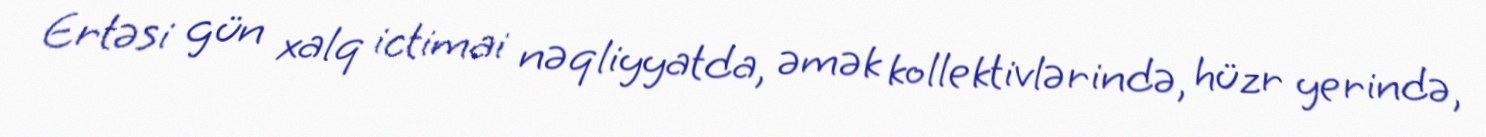
Ertəsi gün xalq ictimai nəqliyyatda, əmək kollektivlərində, hüzr yerində,